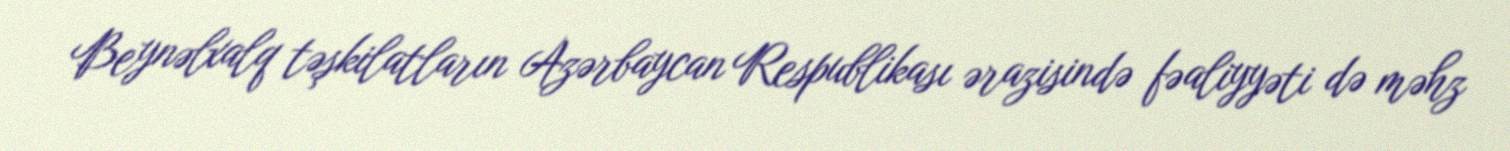
Beynəlxalq təşkilatların Azərbaycan Respublikası ərazisində fəaliyyəti də məhz